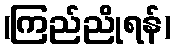
(ကြည်ညိုရန်)